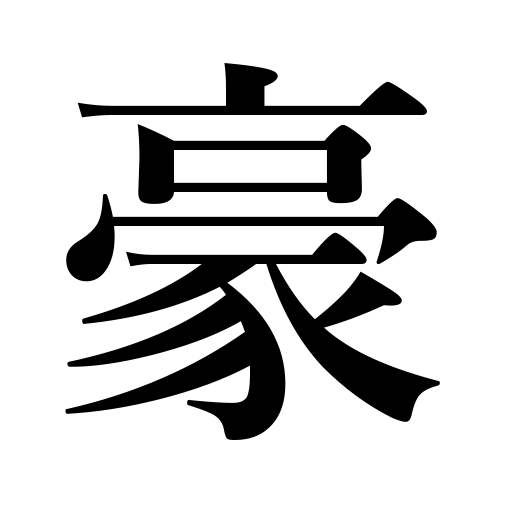
Meanings: excelling,great,powerful